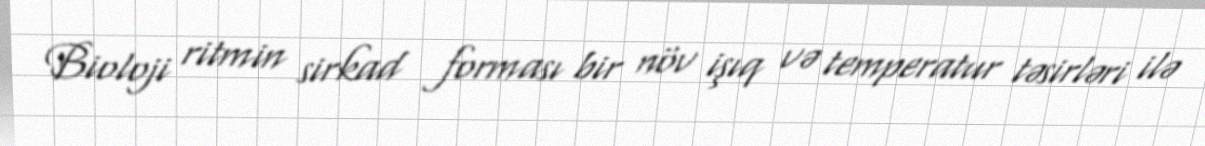
Bioloji ritmin sirkad forması bir növ işıq və temperatur təsirləri ilə